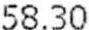
58.30